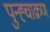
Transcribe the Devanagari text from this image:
पुन्ह्चाक्रण